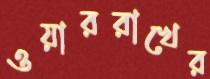
ওয়াররাখের